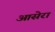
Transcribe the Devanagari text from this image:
आसेरा